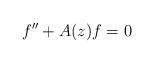
LaTeX: \begin{align*}f''+A(z)f=0\end{align*}